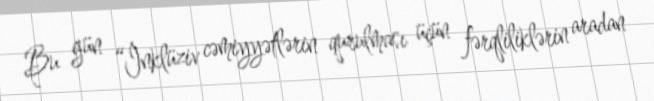
Bu gün “İnklüziv cəmiyyətlərin qurulması üçün fərqliliklərin aradan